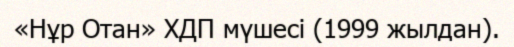
«Нұр Отан» ХДП мүшесі (1999 жылдан).